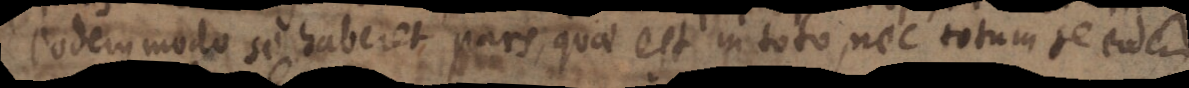
eodem modo se haberet pars, quae est in toto, nec totum se eodem